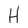
Character: H